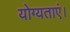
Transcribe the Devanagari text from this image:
योग्यताएं।